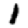
Digit: 1